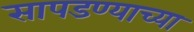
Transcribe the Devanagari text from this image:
सापडण्याच्या